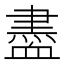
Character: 𧗊